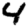
Digit: 4